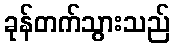
ခုန်တက်သွားသည်